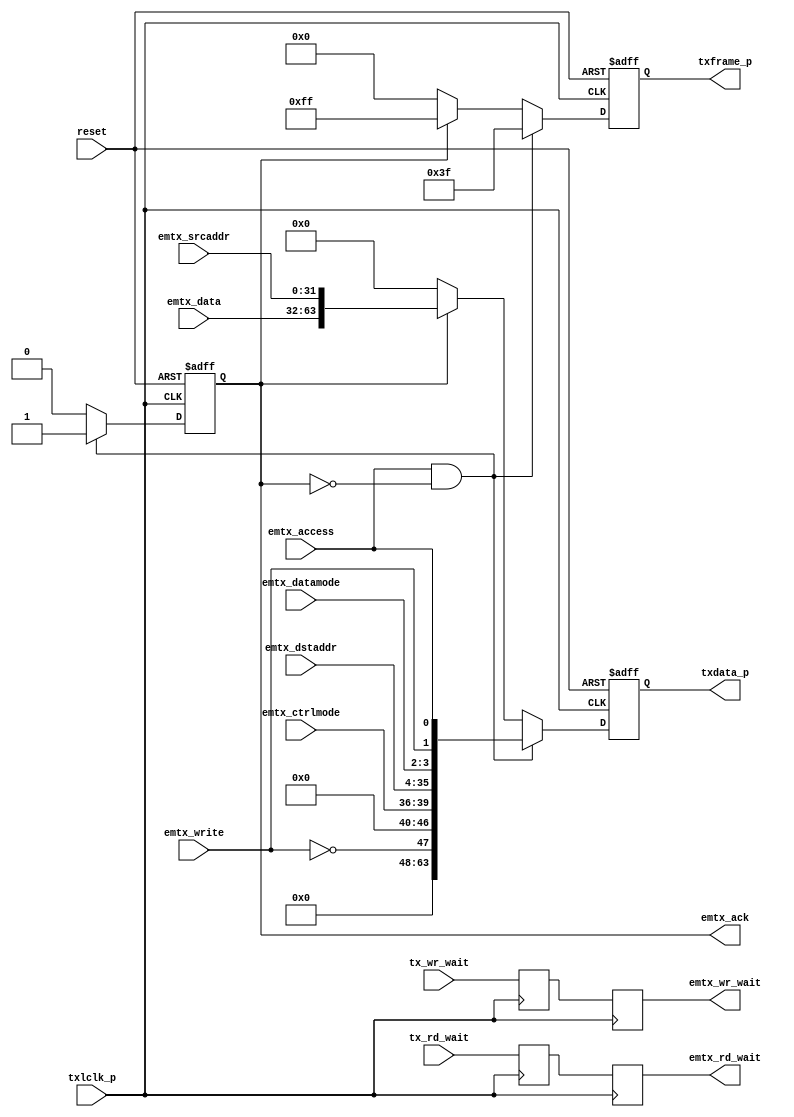
/*
  File: eproto_tx.v
 
  This file is part of the Parallella Project.

  Copyright (C) 2014 Adapteva, Inc.
  Contributed by Fred Huettig <fred@adapteva.com>

  This program is free software: you can redistribute it and/or modify
  it under the terms of the GNU General Public License as published by
  the Free Software Foundation, either version 3 of the License, or
  (at your option) any later version.

  This program is distributed in the hope that it will be useful,
  but WITHOUT ANY WARRANTY; without even the implied warranty of
  MERCHANTABILITY or FITNESS FOR A PARTICULAR PURPOSE.  See the
  GNU General Public License for more details.

  You should have received a copy of the GNU General Public License
  along with this program (see the file COPYING).  If not, see
  <http://www.gnu.org/licenses/>.
*/

/*
 ########################################################################
 EPIPHANY eLink TX Protocol block
 ########################################################################
 
 This block takes standard eMesh protocol (104-bit transactions) and
 encodes the bytes into 8-byte parallel outputs for the output 
 serializers.
 */

module eproto_tx (/*AUTOARG*/
   // Outputs
   emtx_rd_wait, emtx_wr_wait, emtx_ack, txframe_p, txdata_p,
   // Inputs
   reset, emtx_access, emtx_write, emtx_datamode, emtx_ctrlmode,
   emtx_dstaddr, emtx_srcaddr, emtx_data, txlclk_p, tx_rd_wait,
   tx_wr_wait
   );

   // System reset input
   input         reset;

   // Input from TX Arbiter
   input         emtx_access;
   input         emtx_write;
   input [1:0]   emtx_datamode;
   input [3:0]   emtx_ctrlmode;
   input [31:0]  emtx_dstaddr;
   input [31:0]  emtx_srcaddr;
   input [31:0]  emtx_data;
   output        emtx_rd_wait;
   output        emtx_wr_wait;
   output        emtx_ack;
   
   // Parallel interface, 8 eLink bytes at a time
   input         txlclk_p; // Parallel-rate clock from eClock block
   output [7:0]  txframe_p;
   output [63:0] txdata_p;
   input         tx_rd_wait;  // The wait signals are passed through
   input         tx_wr_wait;  // to the emesh interfaces
   
   //#############
   //# Configuration bits
   //#############

   //############
   //# Local regs & wires
   //############
   reg           emtx_ack;  // Acknowledge transaction
   reg [7:0]     txframe_p;
   reg [63:0]    txdata_p;
   
   //############
   //# Logic
   //############

   // TODO: Bursts

   always @( posedge txlclk_p or posedge reset ) begin

      if( reset ) begin

         emtx_ack    <= 1'b0;
         txframe_p   <= 'd0;
         txdata_p    <= 'd0;

      end else begin

         if( emtx_access & ~emtx_ack ) begin

            emtx_ack  <= 1'b1;
            txframe_p <= 8'h3F;
            txdata_p  <=
               { 8'd0,  // Not used
                 8'd0,
                 ~emtx_write, 7'd0,   // B0- TODO: For bursts, add the inc bit
                 emtx_ctrlmode, emtx_dstaddr[31:28], // B1
                 emtx_dstaddr[27:4],  // B2, B3, B4
                 emtx_dstaddr[3:0], emtx_datamode, emtx_write, emtx_access // B5
                 };
         end else if( emtx_ack ) begin // if ( emtx_access & ~emtx_ack )

            emtx_ack  <= 1'b0;
            txframe_p <= 8'hFF;
            txdata_p  <= { emtx_data, emtx_srcaddr };
            
         end else begin

            emtx_ack    <= 1'b0;
            txframe_p <= 8'h00;
            txdata_p  <= 64'd0;

         end

      end // else: !if( reset )
   end // always @ ( posedge txlclk_p or reset )
   
   //#############################
   //# Wait signals
   //#############################

   reg     rd_wait_sync;
   reg     wr_wait_sync;
   reg     emtx_rd_wait;
   reg     emtx_wr_wait;
   
   always @( posedge txlclk_p ) begin
      rd_wait_sync <= tx_rd_wait;
      emtx_rd_wait <= rd_wait_sync;
      wr_wait_sync <= tx_wr_wait;
      emtx_wr_wait <= wr_wait_sync;
   end
            
endmodule // eproto_tx